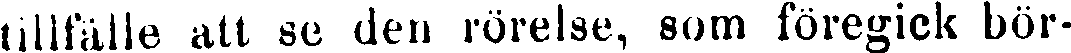
tillfälle att se den rörelse, som föregick bör-